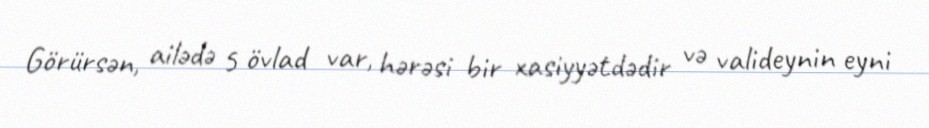
Görürsən, ailədə 5 övlad var, hərəsi bir xasiyyətdədir və valideynin eyni